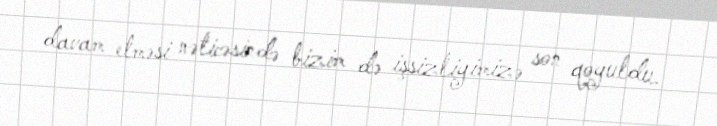
davam etməsi nəticəsində bizim də işsizliyimizə son qoyuldu.